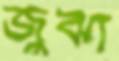
জুঝা